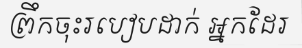
ព្រឹកចុះរបៀបដាក់ អ្នកដែរ